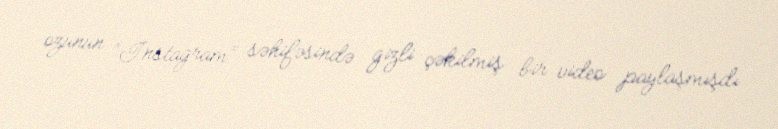
özünün “İnstagram” səhifəsində gizli çəkilmiş bir video paylaşmışdı.